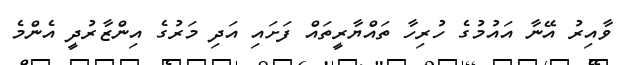
ވާއިރު އޭނާ އައުމުގެ ހުރިހާ ތައްޔާރީތައް ފަށައި އަދި މަރުގެ އިންޒާރުދީ އެންމެ